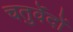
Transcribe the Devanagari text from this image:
चतुर्वेदों